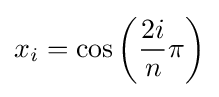
x_{i}=\cos \left({\frac {2i}{n}}\pi \right)